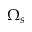
\Omega _ { s }